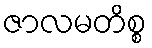
ဇာလမတိစ္စ